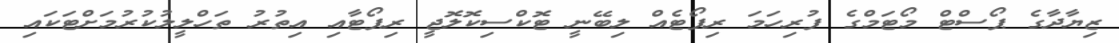
ޒިޔާދާގެ ޕޯސްޓް މޯޓަމްގެ ފުރިހަމަ ރިޕޯޓެއް ލިބޭނީ ޓޮކްސިކޮލޮޖީ ރިޕޯޓާއި އިތުރު ތަހްލީލުކުރުމަށްޓަކައި